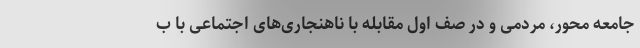
جامعه محور، مردمی و در صف اول مقابله با ناهنجاری‌های اجتماعی با ب